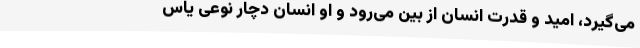
می‌گیرد، امید و قدرت انسان از بین می‌رود و او انسان دچار نوعی یاس